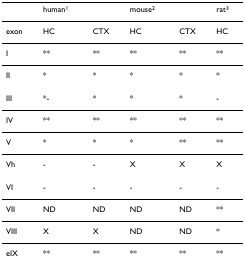
|  | human1 |  | mouse2 |  | rat3 |
 | --- | --- | --- | --- | --- | --- |
 | exon | HC | CTX | HC | CTX | HC |
 | I | ** | ** | ** | ** | ** |
 | II | * | * | * | * | * |
 | III | *- | * | * | * | - |
 | IV | ** | ** | ** | ** | ** |
 | V | * | * | * | ** | ** |
 | Vh | - | - | X | X | X |
 | VI | - | - | - | - | - |
 | VII | ND | ND | ND | ND | ** |
 | VIII | X | X | ND | ND | * |
 | eIX | ** | ** | ** | ** | ** |